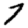
Digit: 7